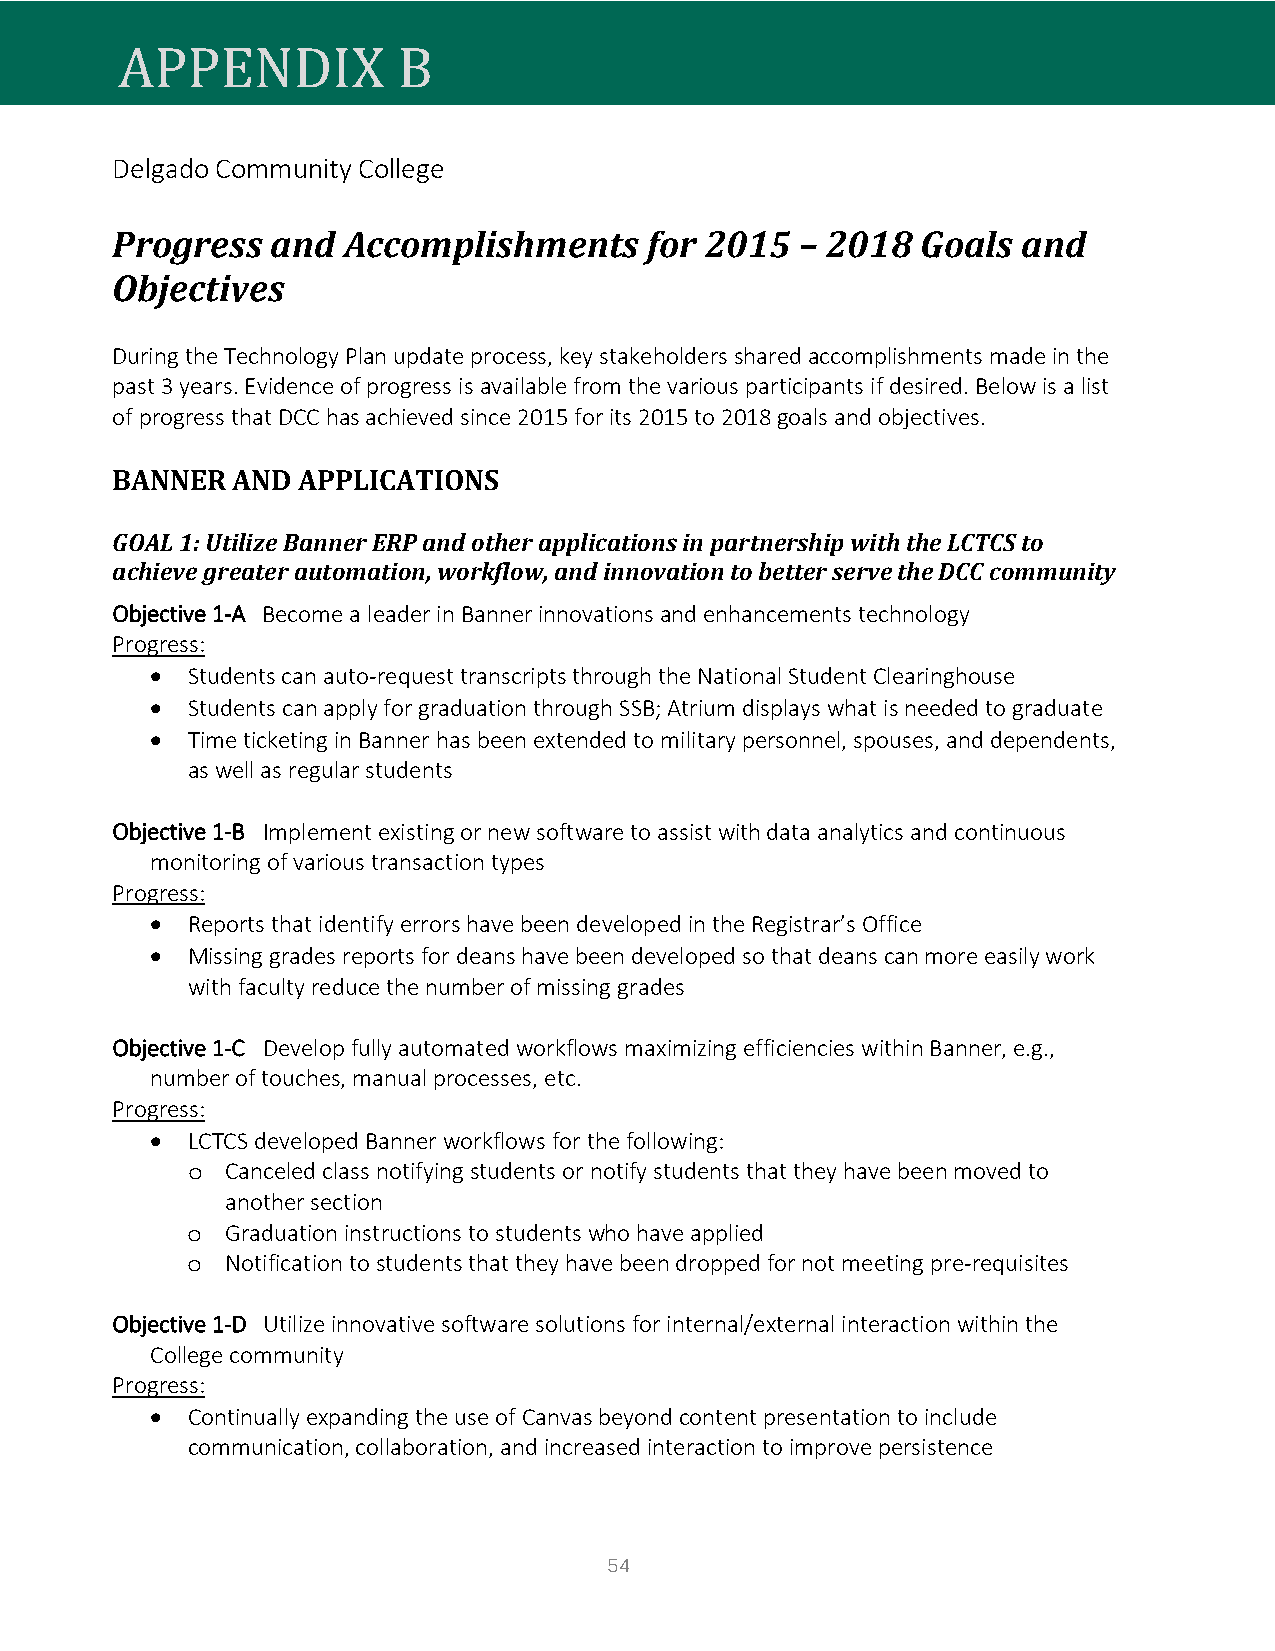
Delgado Community College
 APPENDIX          B
 Progress   and  Accomplishments     for 2015  – 2018  Goals  and
 Objectives
 During the Technology Plan update process, key stakeholders shared accomplishments made in the
 past 3 years. Evidence of progress is available from the various participants if desired. Below is a list
 of progress that DCC has achieved since 2015 for its 2015 to 2018 goals and objectives.
 BANNER  AND  APPLICATIONS
 GOAL 1: Utilize Banner ERP and other applications in partnership with the LCTCS to
 achieve greater automation, workflow, and innovation to better serve the DCC community
 Objective 1-A Become a leader in Banner innovations and enhancements technology
 Progress:
 • Students can auto-request transcripts through the National Student Clearinghouse
 • Students can apply for graduation through SSB; Atrium displays what is needed to graduate
 • Time ticketing in Banner has been extended to military personnel, spouses, and dependents,
 as well as regular students
 Objective 1-B Implement existing or new software to assist with data analytics and continuous
 monitoring of various transaction types
 Progress:
 • Reports that identify errors have been developed in the Registrar’s Office
 • Missing grades reports for deans have been developed so that deans can more easily work
 with faculty reduce the number of missing grades
 Objective 1-C Develop fully automated workflows maximizing efficiencies within Banner, e.g.,
 number of touches, manual processes, etc.
 Progress:
 • LCTCS developed Banner workflows for the following:
 Canceled class notifying students or notify students that they have been moved to
 o
 another section
 Graduation instructions to students who have applied
 o
 Notification to students that they have been dropped for not meeting pre-requisites
 o
 Objective 1-D Utilize innovative software solutions for internal/external interaction within the
 College community
 Progress:
 • Continually expanding the use of Canvas beyond content presentation to include
 communication, collaboration, and increased interaction to improve persistence
 54